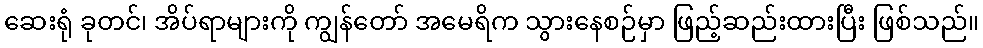
ဆေးရုံ ခုတင်၊ အိပ်ရာများကို ကျွန်တော် အမေရိက သွားနေစဉ်မှာ ဖြည့်ဆည်းထားပြီး ဖြစ်သည်။